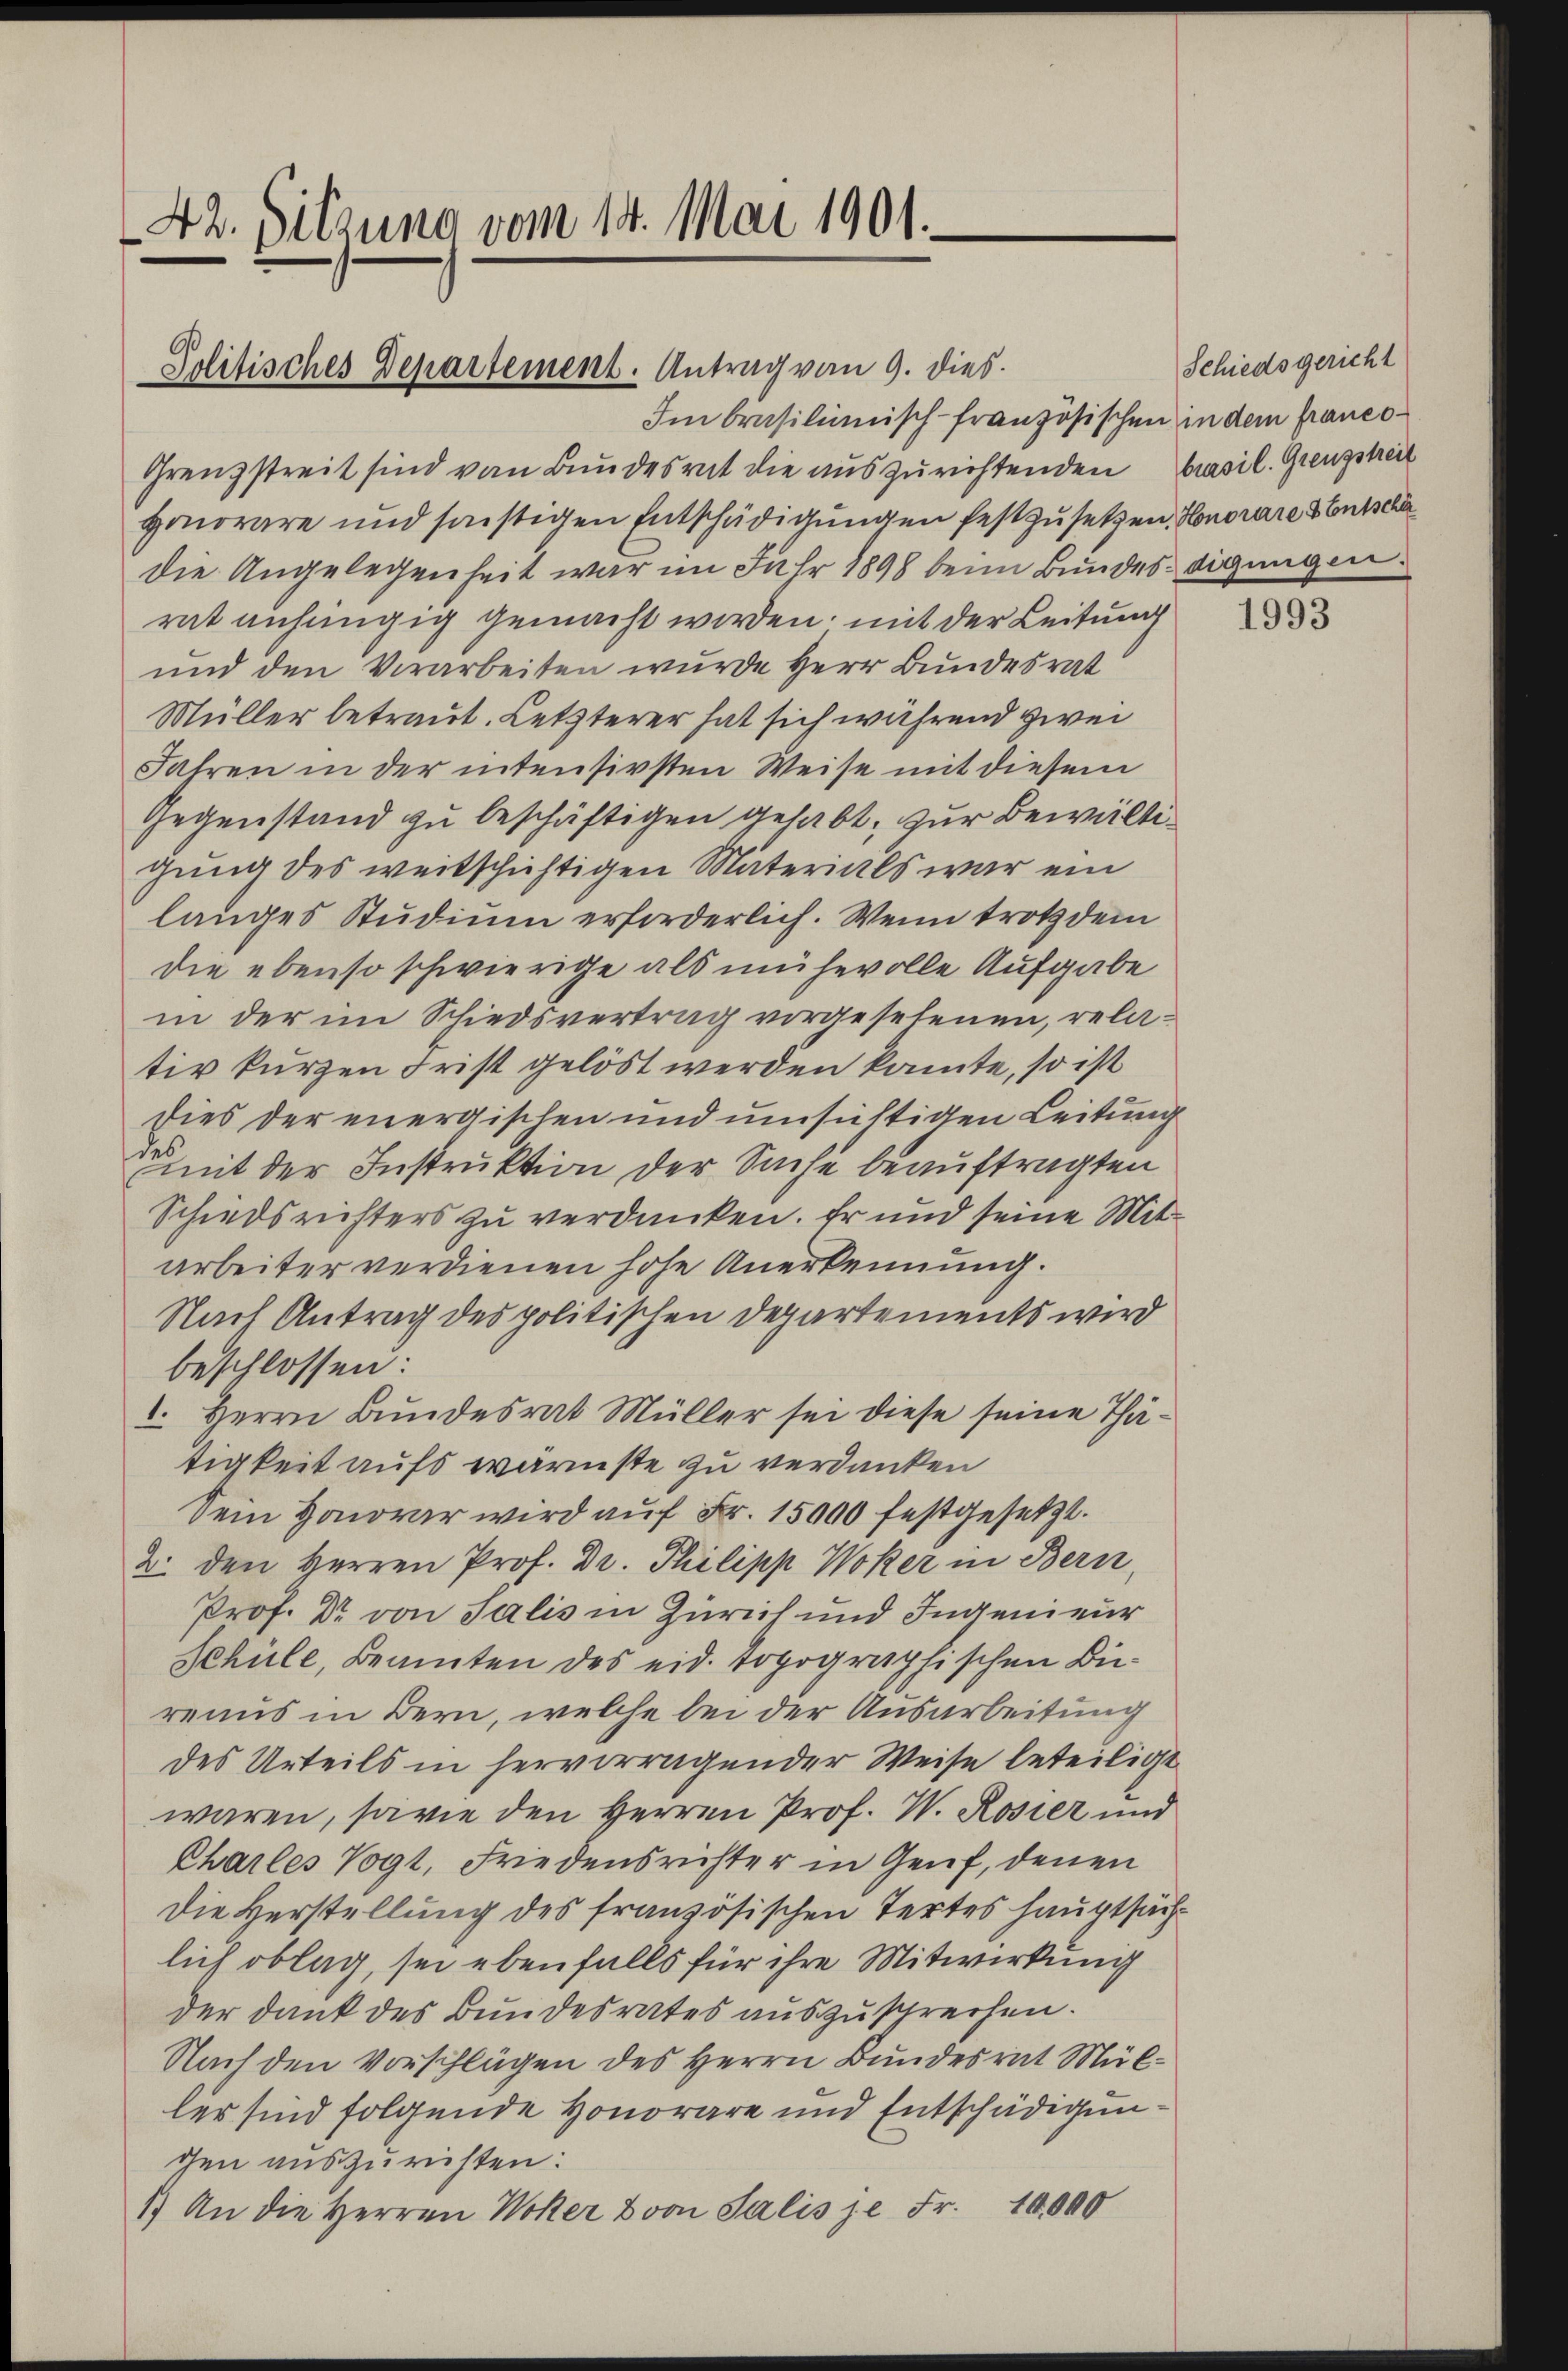
42. Sitzung vom 14. Mai 1901.
Politisches Departement. Antrag von 9. dies

Im brasilienisch-französischen in dem franco¬
Grenzstreit sind von Bundesrat die auszurichtenden Brasil. Grenzstreit
Honorare und sonstigen Entschädigungen festzusetzen. Honorare Entscha
die Angelegenheit war im Jahr 1898 beim Bundesdigungen
rat anhängig gemacht werden; mit der Leitung
und den Vorarbeiten wurde Herr Bundesrat
Müller betraut. Letzterer hat sich während zwei
Jahren in der intensivsten Weise mit diesem
Gegenstand zu beschäftigen gehabt, zur Bewältigung des weitschichtigen Materials war ein
langes Studium erforderlich. Wenn trotz dem
die ebenso schwierige als mühevolle Aufgabe
in der im Schiedsvertrag vorgesehenen, relativ kurzen Frist gelöst werden kannte, so ist
Dies der energischen und umsichtigen Leitung
mit der Instruktion der Sache beauftragten
Schiedsrichters zu verdanken. Er und seine Mitarbeiter verdienen hohe Anerkennung.
Nach Antrag des politischen Departements wird
beschlossen:
1. Herrn Bundesrat Müller sei diese seine Thätigkeit aufs wärmste zu verdanken
Dem Honorar wird auf Fr. 15000 festgesetzt.
2. den Herren Prof. Dr. Philipp Woker in Bern,
Prof. Dr. von Salis in Zürich und Ingenieur
Schüle, Beamten des eid. Topographischen Diereaus in Bern, welche bei der Ausarbeitung
des Urteils in hervorragender Weise beteiligt
waren, sowie den Herren Prof. W. Rosier und
Charles Vogt, Friedensrichter in Genf, denen
Die Verstellung des französischen Tertes Hauptsächlich oblag, sei ebenfalls für ihre Mitwirkung
der dank des Bundesrates auszusprechen.
Nach den Vorschlägen des Herrn Bundesrat Müller sind folgende Honorare und Entschädigunchen auszurichten:
1.) An die Herren Woher von Salis je Fr. 10,000

Schiedsgericht

1993